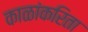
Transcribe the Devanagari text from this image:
काळांकरिता